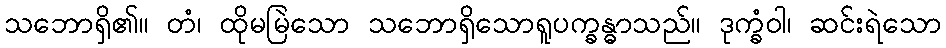
သဘောရှိ၏။ တံ၊ ထိုမမြဲသော သဘောရှိသောရူပက္ခန္ဓာသည်။ ဒုက္ခံဝါ၊ ဆင်းရဲသော